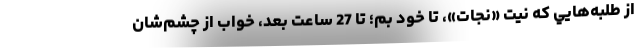
از طلبه‌هايي كه نيت «نجات»، تا خود بم؛ تا 27 ساعت بعد، خواب از چشم‌شان